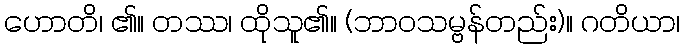
ဟောတိ၊ ၏။ တဿ၊ ထိုသူ၏။ (ဘာဝသမ္ဗန်တည်း)။ ဂတိယာ၊